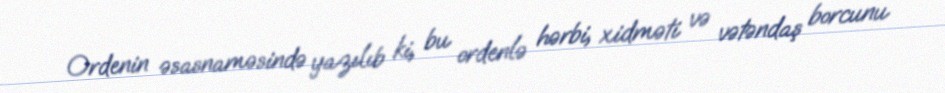
Ordenin əsasnaməsində yazılıb ki, bu ordenlə hərbi, xidməti və vətəndaş borcunu